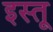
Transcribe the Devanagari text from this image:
इस्तू